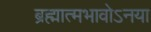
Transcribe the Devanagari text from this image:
ब्रह्मात्मभावोऽनया